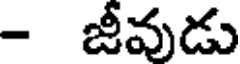
- జీవుడు